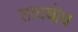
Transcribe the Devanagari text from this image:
तत्वबोध